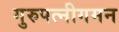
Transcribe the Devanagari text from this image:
गुरुपत्नीगमन